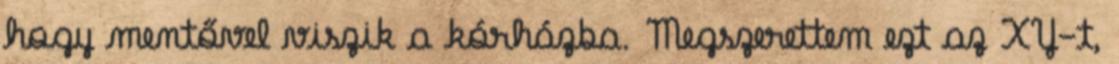
hogy mentővel viszik a kórházba. Megszerettem ezt az XY-t,